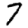
Digit: 7